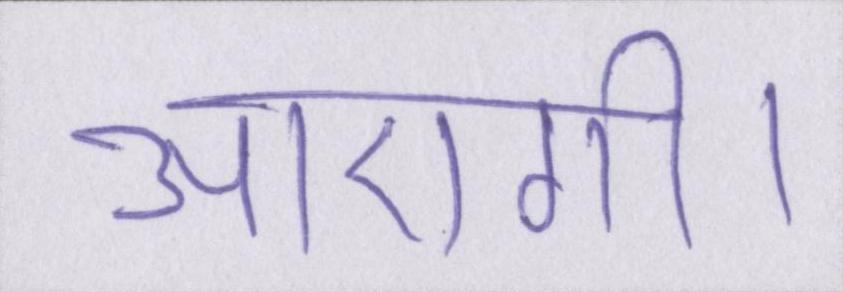
आएगी।